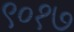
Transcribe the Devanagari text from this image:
९०१७